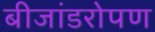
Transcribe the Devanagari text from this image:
बीजांडरोपण